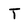
Character: T